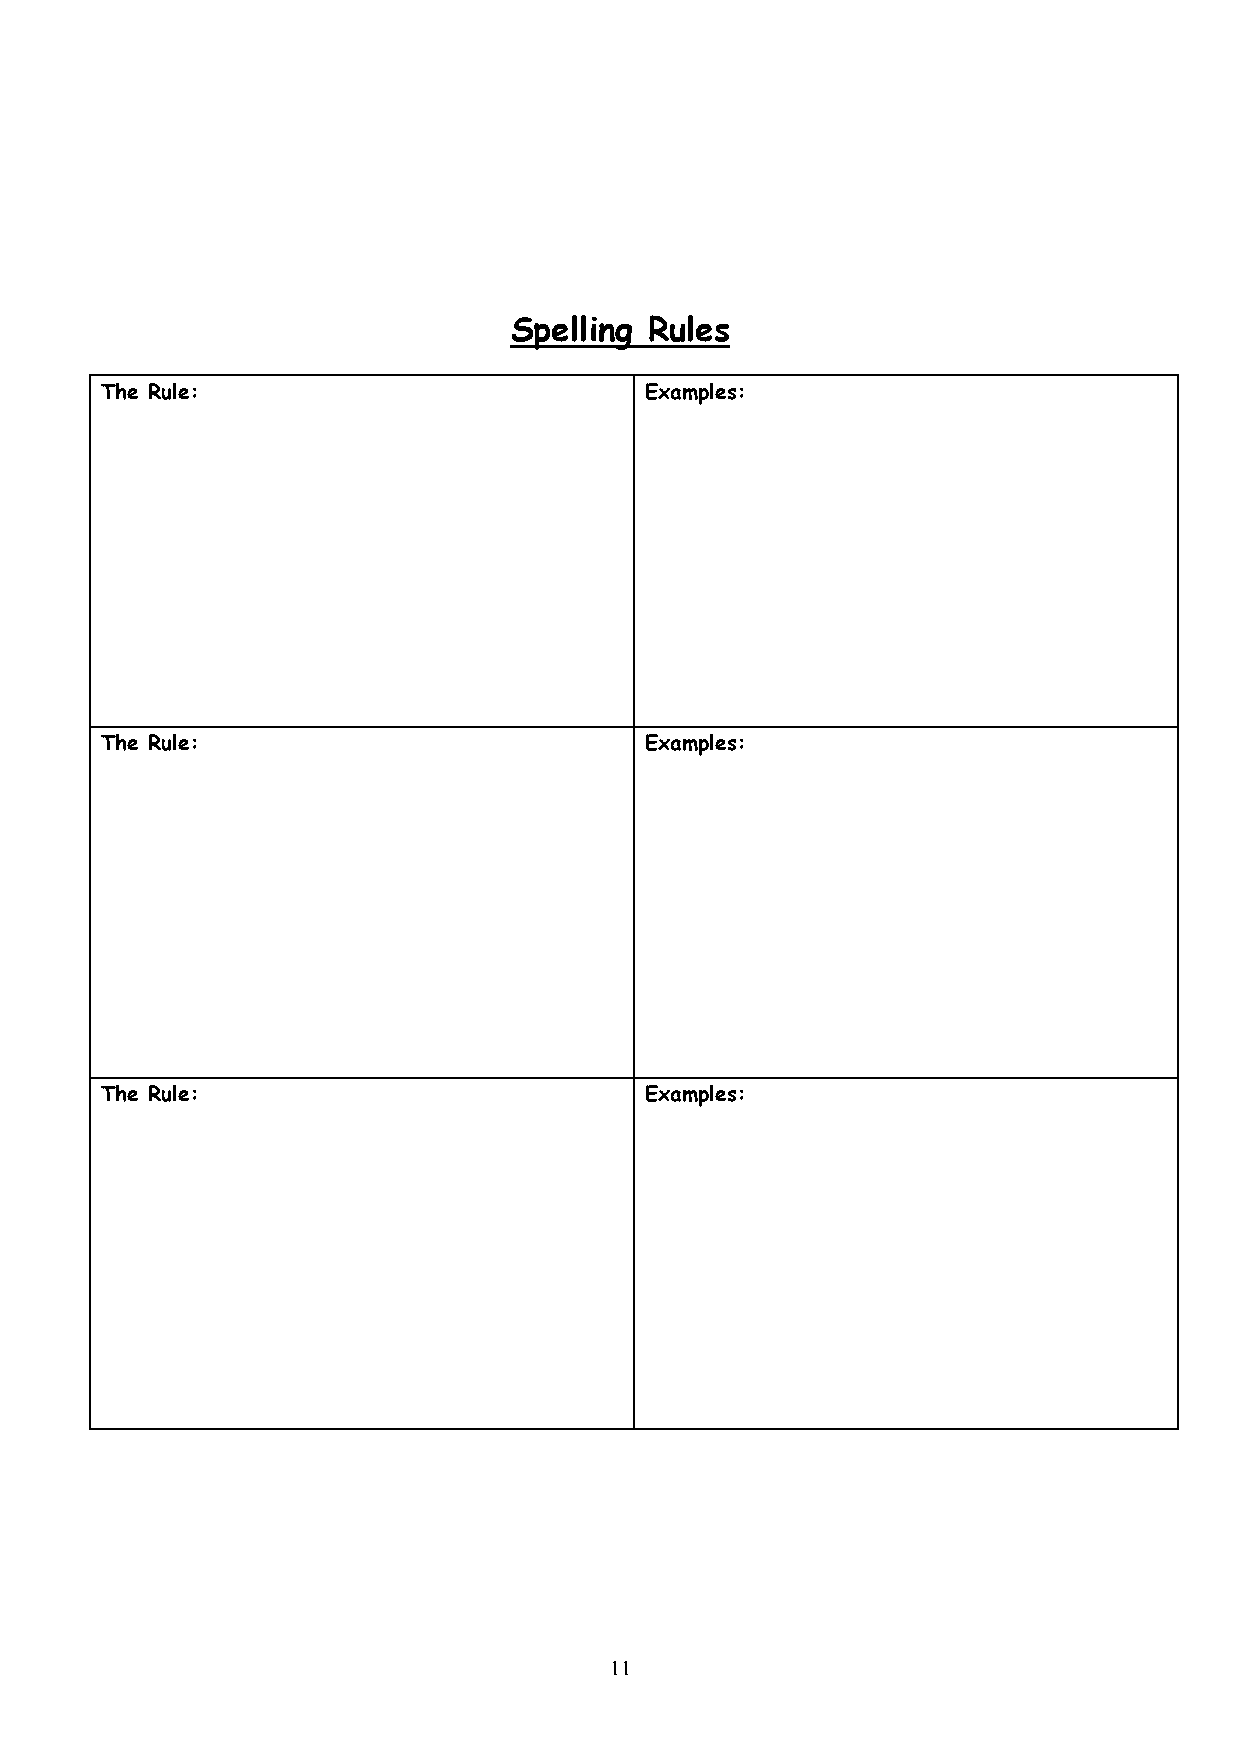
Spelling Rules
 The Rule:                           Examples:
 The Rule:                           Examples:
 The Rule:                           Examples:
 11